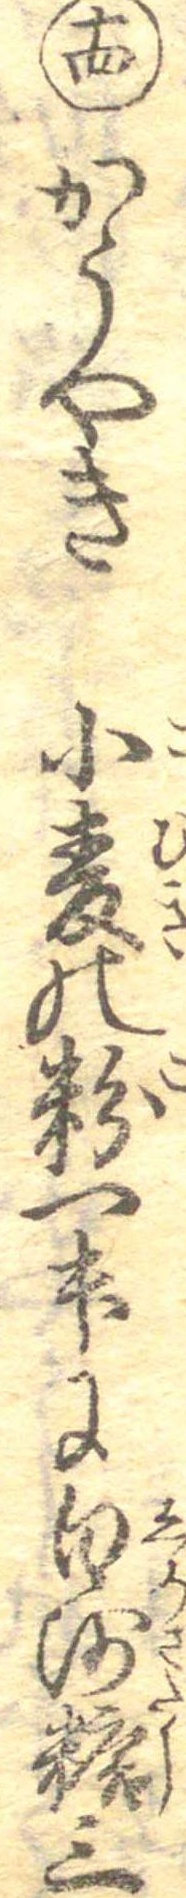
十四かうやき小麦の粉一升に白沙糖三